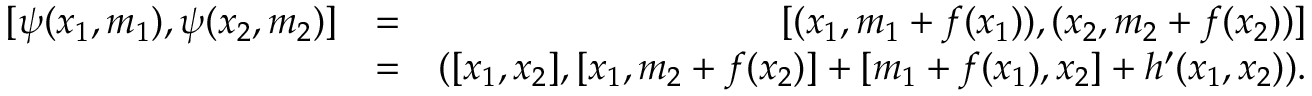
\begin{array} { r l r } { [ \psi ( x _ { 1 } , m _ { 1 } ) , \psi ( x _ { 2 } , m _ { 2 } ) ] } & { = } & { [ ( x _ { 1 } , m _ { 1 } + f ( x _ { 1 } ) ) , ( x _ { 2 } , m _ { 2 } + f ( x _ { 2 } ) ) ] } \\ & { = } & { ( [ x _ { 1 } , x _ { 2 } ] , [ x _ { 1 } , m _ { 2 } + f ( x _ { 2 } ) ] + [ m _ { 1 } + f ( x _ { 1 } ) , x _ { 2 } ] + h ^ { \prime } ( x _ { 1 } , x _ { 2 } ) ) . } \end{array}